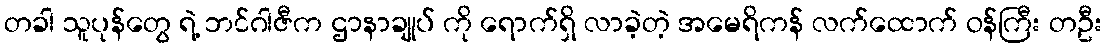
တခါ သူပုန်တွေ ရဲ့ ဘင်ဂါဇီက ဌာနာချုပ် ကို ရောက်ရှိ လာခဲ့တဲ့ အမေရိကန် လက်ထောက် ဝန်ကြီး တဦး